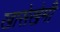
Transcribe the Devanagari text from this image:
खासेखेमी